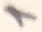
Text: 1